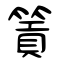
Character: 篢